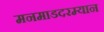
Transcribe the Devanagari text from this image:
मनमाडदरम्यान